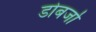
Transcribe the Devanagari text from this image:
डोबर्जा